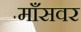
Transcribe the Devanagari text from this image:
माँसवर